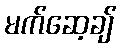
မက်ဆေ့ချ်